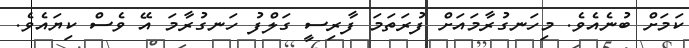
ކަމަށް ބުނެއެވެ. މިހަނގުރާމައަށް ފުރަތަމަ ފާރިސީ ގަލްފު ހަނގުރާމަ އޭ ވެސް ކިޔައެވެ.